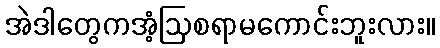
အဲဒါတွေကအံ့ဩစရာမကောင်းဘူးလား။